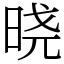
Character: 𣇈